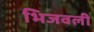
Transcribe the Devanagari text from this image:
भिजवली